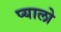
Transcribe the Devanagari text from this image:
प्यालो